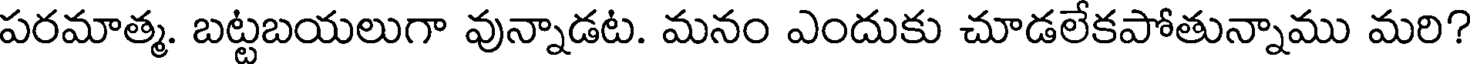
పరమాత్మ. బట్టబయలుగా వున్నాడట. మనం ఎందుకు చూడలేకపోతున్నాము మరి?